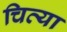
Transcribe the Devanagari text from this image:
चित्या